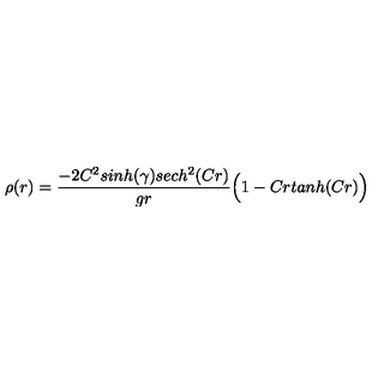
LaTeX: \rho ( r ) = { \frac { - 2 C ^ { 2 } s i n h ( \gamma ) s e c h ^ { 2 } ( C r ) } { g r } } \Big ( 1 - C r t a n h ( C r ) \Big )